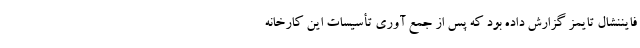
فایننشال تایمز گزارش داده بود که پس از جمع آوری تأسیسات این کارخانه